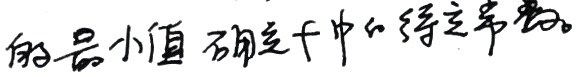
的最小值 确定 中的待定常数。